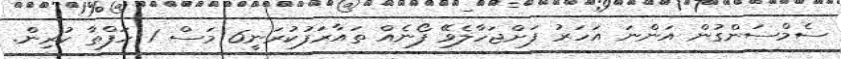
ސެމްސަންގުން އަންނަ އަހަރު ފަށްޖަހާލެވޭ ފޯނެއް ތައާރަފުކުރަނީ6 މަސް 1 ހަފްތާ ކުރިން.